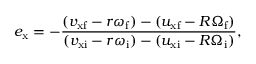
e _ { \mathrm { x } } = - { \frac { ( v _ { \mathrm { x f } } - r \omega _ { \mathrm { f } } ) - ( u _ { \mathrm { x f } } - R \Omega _ { \mathrm { f } } ) } { ( v _ { \mathrm { x i } } - r \omega _ { \mathrm { i } } ) - ( u _ { \mathrm { x i } } - R \Omega _ { \mathrm { i } } ) } } ,